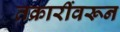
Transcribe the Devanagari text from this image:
तक्रारींवरून